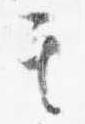
其